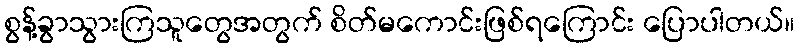
စွန့်ခွာသွားကြသူတွေအတွက် စိတ်မကောင်းဖြစ်ရကြောင်း ပြောပါတယ်။